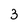
Character: 3